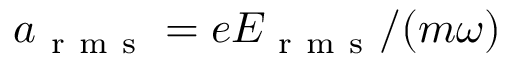
a _ { \mathrm { ~ r ~ m ~ s ~ } } = e E _ { \mathrm { ~ r ~ m ~ s ~ } } / ( m \omega )